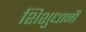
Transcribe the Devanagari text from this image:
शिशुधानी